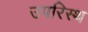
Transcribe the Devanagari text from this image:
उपरिस्थ